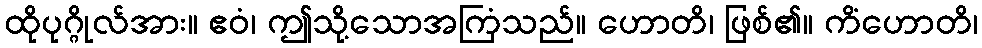
ထိုပုဂ္ဂိုလ်အား။ ဧဝံ၊ ဤသို့သောအကြံသည်။ ဟောတိ၊ ဖြစ်၏။ ကိံဟောတိ၊